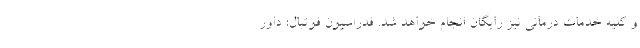
و کلیه خدمات درمانی نیز رایگان انجام خواهد شد. فدراسیون فوتبال: داور